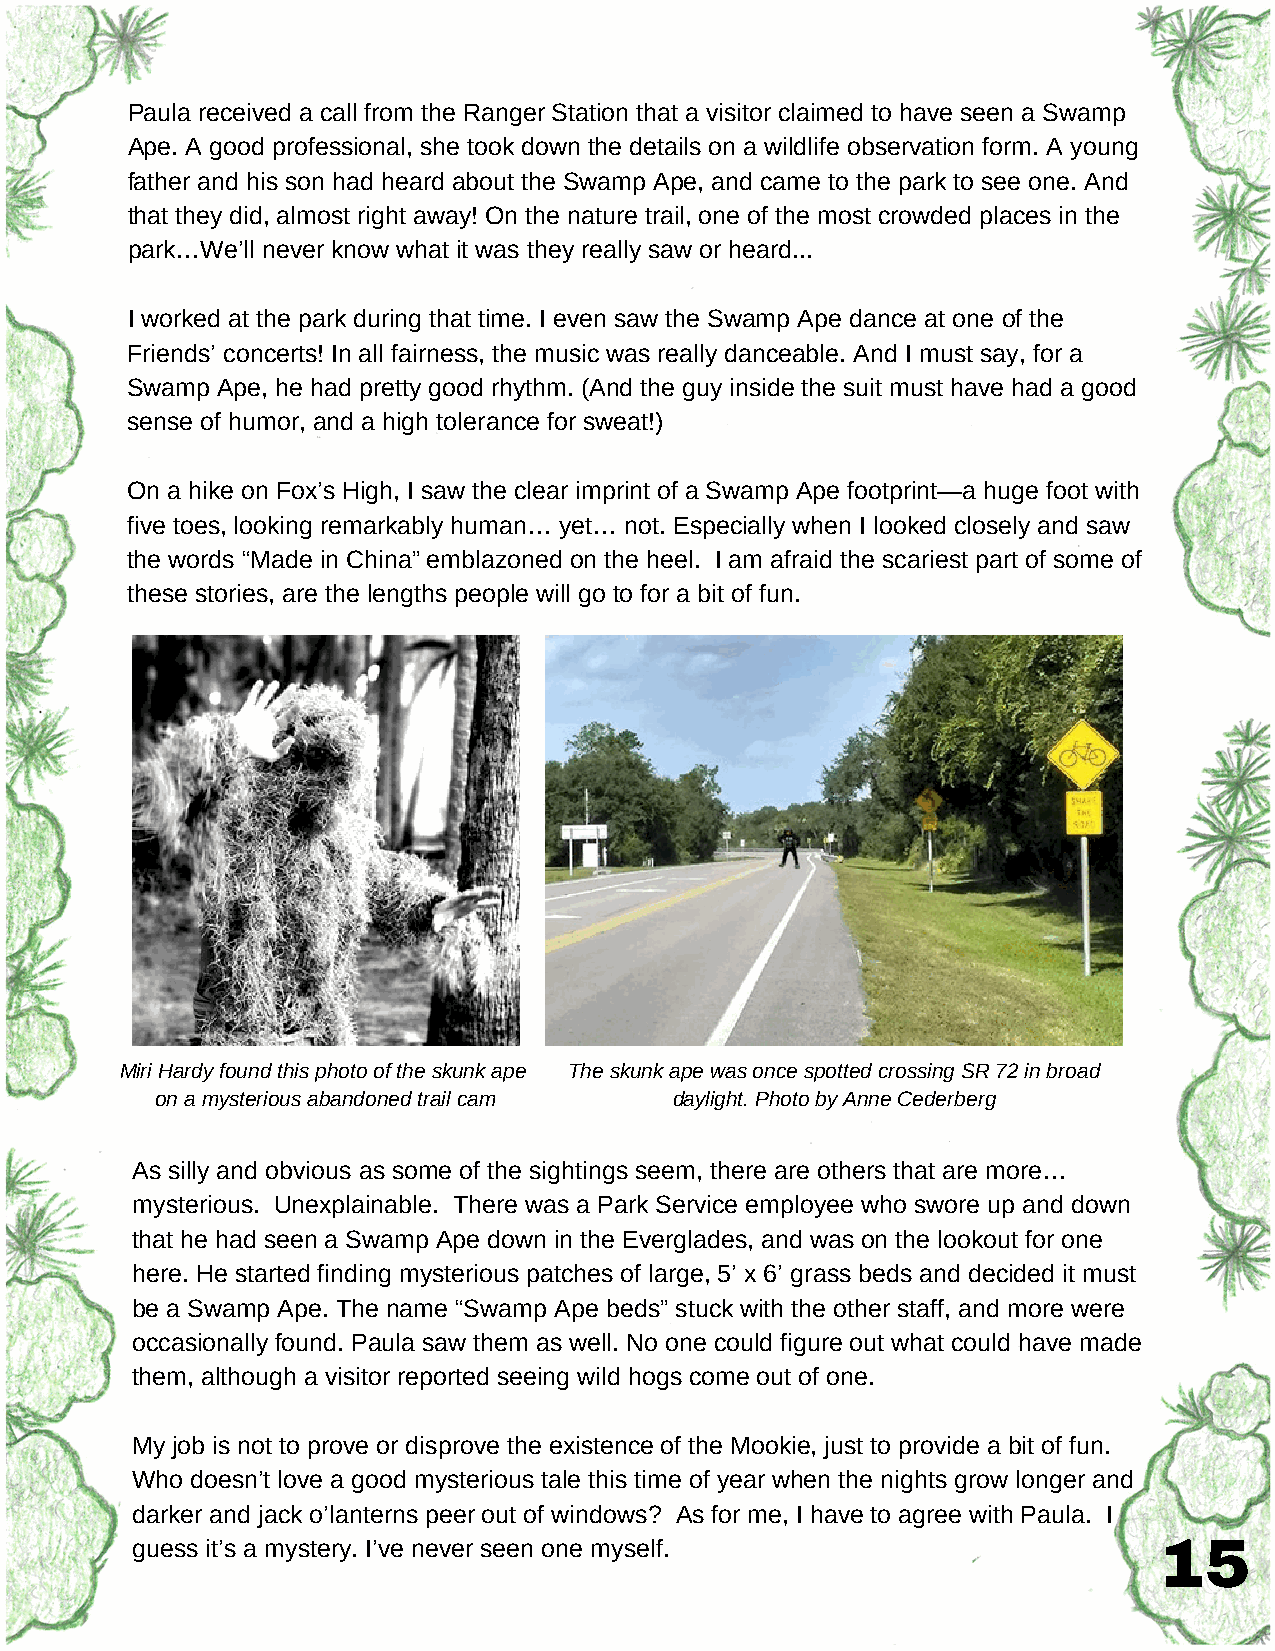
Paula received a call from the Ranger Station that a visitor claimed to have seen a Swamp
 Ape. A good professional, she took down the details on a wildlife observation form. A young
 father and his son had heard about the Swamp Ape, and came to the park to see one. And
 that they did, almost right away! On the nature trail, one of the most crowded places in the
 park…We’ll never know what it was they really saw or heard...
 I worked at the park during that time. I even saw the Swamp Ape dance at one of the
 Friends’ concerts! In all fairness, the music was really danceable. And I must say, for a
 Swamp Ape, he had pretty good rhythm. (And the guy inside the suit must have had a good
 sense of humor, and a high tolerance for sweat!)
 On a hike on Fox’s High, I saw the clear imprint of a Swamp Ape footprint—a huge foot with
 five toes, looking remarkably human… yet… not. Especially when I looked closely and saw
 the words “Made in China” emblazoned on the heel. I am afraid the scariest part of some of
 these stories, are the lengths people will go to for a bit of fun.
 Miri Hardy found this photo of the skunk ape The skunk ape was once spotted crossing SR 72 in broad
 on a mysterious abandoned trail cam daylight. Photo by Anne Cederberg
 As silly and obvious as some of the sightings seem, there are others that are more…
 mysterious. Unexplainable. There was a Park Service employee who swore up and down
 that he had seen a Swamp Ape down in the Everglades, and was on the lookout for one
 here. He started finding mysterious patches of large, 5’ x 6’ grass beds and decided it must
 be a Swamp Ape. The name “Swamp Ape beds” stuck with the other staff, and more were
 occasionally found. Paula saw them as well. No one could figure out what could have made
 them, although a visitor reported seeing wild hogs come out of one.
 My job is not to prove or disprove the existence of the Mookie, just to provide a bit of fun.
 Who doesn’t love a good mysterious tale this time of year when the nights grow longer and
 darker and jack o’lanterns peer out of windows? As for me, I have to agree with Paula. I
 guess it’s a mystery. I’ve never seen one myself.                   15